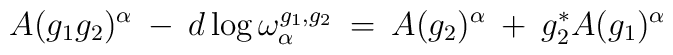
A(g_1 g_2)^{\alpha} \: - \: d \log \omega^{g_1, g_2}_{\alpha}\: = \:A(g_2)^{\alpha} \: + \: g_2^* A(g_1)^{\alpha}